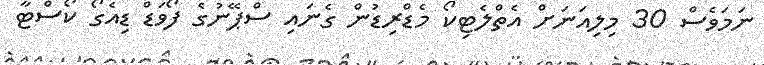
ނަމަވެސް 30 މިލިއަނަށް އެތްލެޓިކޯ މެޑްރިޑުން ގެނައި ސްޕޭނުގެ ފޯވަޑް ޑިއެގޯ ކޯސްޓާ